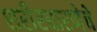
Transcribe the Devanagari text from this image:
शरीरधारणेचे